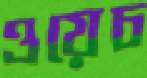
ওয়েচ